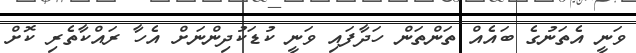
ވަނީ އެތަނުގެ ބައެއް ތަންތަން ހަދާފައި ވަނީ ކުޑަކުދިންނަށް އެހާ ރައްކާތެރި ކޮށް